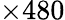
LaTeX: \times 480